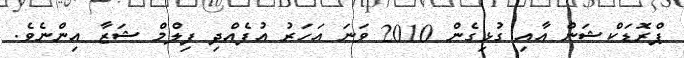
ޕްރޮޑަކްޝަން އާއި ގުޅިގެން 2010 ވަނަ އަހަރު އުފެއްދި ފިލްމް ޝަޒާ އިންނެވެ.